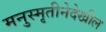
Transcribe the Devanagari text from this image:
मनुस्मृतीनेदेखील